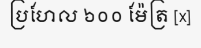
ប្រហែល ៦០០ ម៉ែត្រ [x]